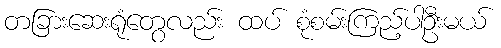
တခြားဆေးရုံတွေလည်း ထပ် စုံစမ်းကြည့်ပါဦးမယ်